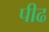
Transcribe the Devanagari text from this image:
पीढ